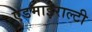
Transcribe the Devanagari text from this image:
एडमाइराल्टी